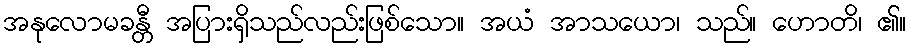
အနုလောမခန္တီ အပြားရှိသည်လည်းဖြစ်သော။ အယံ အာသယော၊ သည်။ ဟောတိ၊ ၏။